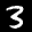
Label: 3